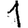
Digit: 1